Annual report of the Punjab Veterinary College and of the Civil Veterinary Department, Punjab - 1926-1932
Year: 1926
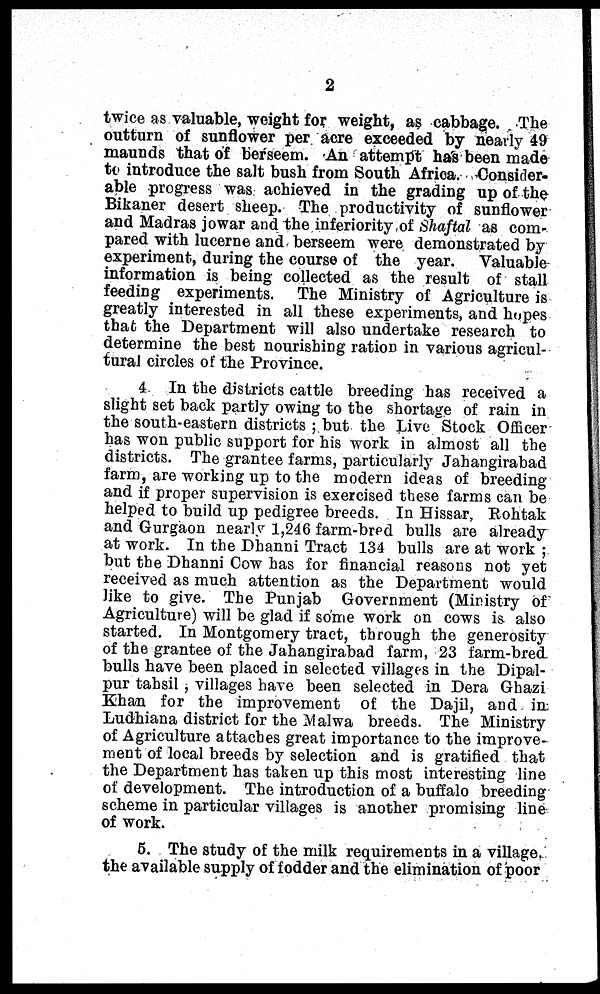
2
twice as valuable, weight for weight, as cabbage. The
outturn of sunflower per acre exceeded by nearly 49
maunds that of berseem. An attempt has been made
to introduce the salt bush from South Africa. Consider-
able progress was achieved in the grading up of the
Bikaner desert sheep. The productivity of sunflower
and Madras jowar and the inferiority of Shaftal as com-
pared with lucerne and berseem were demonstrated by
experiment, during the course of the year. Valuable
information is being collected as the result of stall
feeding experiments. The Ministry of Agriculture is
greatly interested in all these experiments, and hopes
that the Department will also undertake research to
determine the best nourishing ration in various agricul-
tural circles of the Province.
4. In the districts cattle breeding has received a
slight set back partly owing to the shortage of rain in
the south-eastern districts; but the Live Stock Officer
has won public support for his work in almost all the
districts. The grantee farms, particularly Jahangirabad
farm, are working up to the modern ideas of breeding
and if proper supervision is exercised these farms can be
helped to build up pedigree breeds. In Hissar, Rohtak
and Gurgaon nearly 1,246 farm-bred bulls are already
at work. In the Dhanni Tract 134 bulls are at work;
but the Dhanni Cow has for financial reasons not yet
received as much attention as the Department would
like to give. The Punjab Government (Ministry of
Agriculture) will be glad if some work on cows is also
started. In Montgomery tract, through the generosity
of the grantee of the Jahangirabad farm, 23 farm-bred
bulls have been placed in selected villages in the Dipal-
pur tahsil, villages have been selected in Dera Ghazi
Khan for the improvement of the Dajil, and in
Ludhiana district for the Malwa breeds. The Ministry
of Agriculture attaches great importance to the improve-
ment of local breeds by selection and is gratified that
the Department has taken up this most interesting line
of development. The introduction of a buffalo breeding
scheme in particular villages is another promising line
of work.
5. The study of the milk requirements in a village.
the available supply of fodder and the elimination of poor